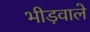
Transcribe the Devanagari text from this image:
भीड़वाले